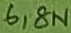
Text: 6,8n